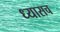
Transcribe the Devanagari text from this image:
ध्यासच